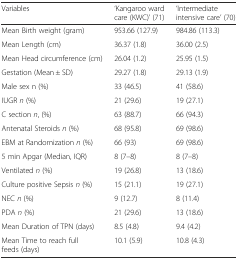
| Variables | ‘Kangaroo ward care (KWC)’ (71) | ‘Intermediate intensive care’ (70) |
 | --- | --- | --- |
 | Mean Birth weight (gram) | 953.66 (127.9) | 984.86 (113.3) |
 | Mean Length (cm) | 36.37 (1.8) | 36.00 (2.5) |
 | Mean Head circumference (cm) | 26.04 (1.2) | 25.95 (1.5) |
 | Gestation (Mean ± SD) | 29.27 (1.8) | 29.13 (1.9) |
 | Male sex n (%) | 33 (46.5) | 41 (58.6) |
 | IUGR n (%) | 21 (29.6) | 19 (27.1) |
 | C section n, (%) | 63 (88.7) | 66 (94.3) |
 | Antenatal Steroids n (%) | 68 (95.8) | 69 (98.6) |
 | EBM at Randomization n (%) | 66 (93) | 69 (98.6) |
 | 5 min Apgar (Median, IQR) | 8 (7–8) | 8 (7–8) |
 | Ventilated n (%) | 19 (26.8) | 13 (18.6) |
 | Culture positive Sepsis n (%) | 15 (21.1) | 19 (27.1) |
 | NEC n (%) | 9 (12.7) | 8 (11.4) |
 | PDA n (%) | 21 (29.6) | 13 (18.6) |
 | Mean Duration of TPN (days) | 8.5 (4.8) | 9.4 (4.2) |
 | Mean Time to reach full feeds (days) | 10.1 (5.9) | 10.8 (4.3) |